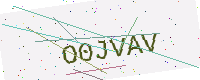
Text: O0JVAV